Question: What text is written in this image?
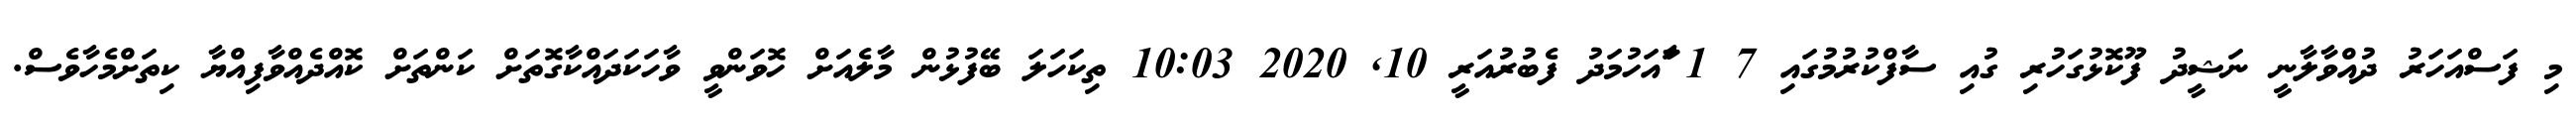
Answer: މި ފަސްއަހަރު ދުއްވާލާނީ ނަޝީދު ފޫކޮޅުގަހުރި ގުއި ސާފްކުރުމުގައި 7 1 ާައަހުމަދު ފެބުރުއަރީ 10, 2020 10:03 ތިކަހަލަ ބޭފުޅުން މާލެއަށް ހޮވަންވީ ވާހަކަދައްކާގޮތަށް ކަންތަށް ކޮއްދެއްވާފިއްޔާ ކިތަށްމެހާވެސް.